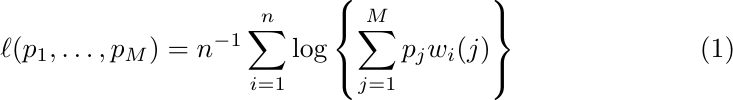
\begin{align}
\label{discrete_loglikelihood}
\ell(p_1,\dots,p_M)=n^{-1}\sum_{i=1}^n\log\left\{\sum_{j=1}^{M} p_j w_i(j)\right\}
\end{align}